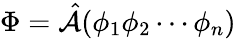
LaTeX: \Phi=\hat{\mathcal{A}}(\phi_{1}\phi_{2}\cdots\phi_{n})